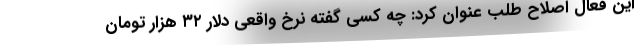
این فعال اصلاح طلب عنوان کرد: چه کسی گفته نرخ واقعی دلار ۳۲ هزار تومان